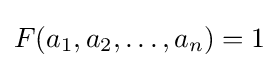
F(a_{1},a_{2},\ldots ,a_{n})=1